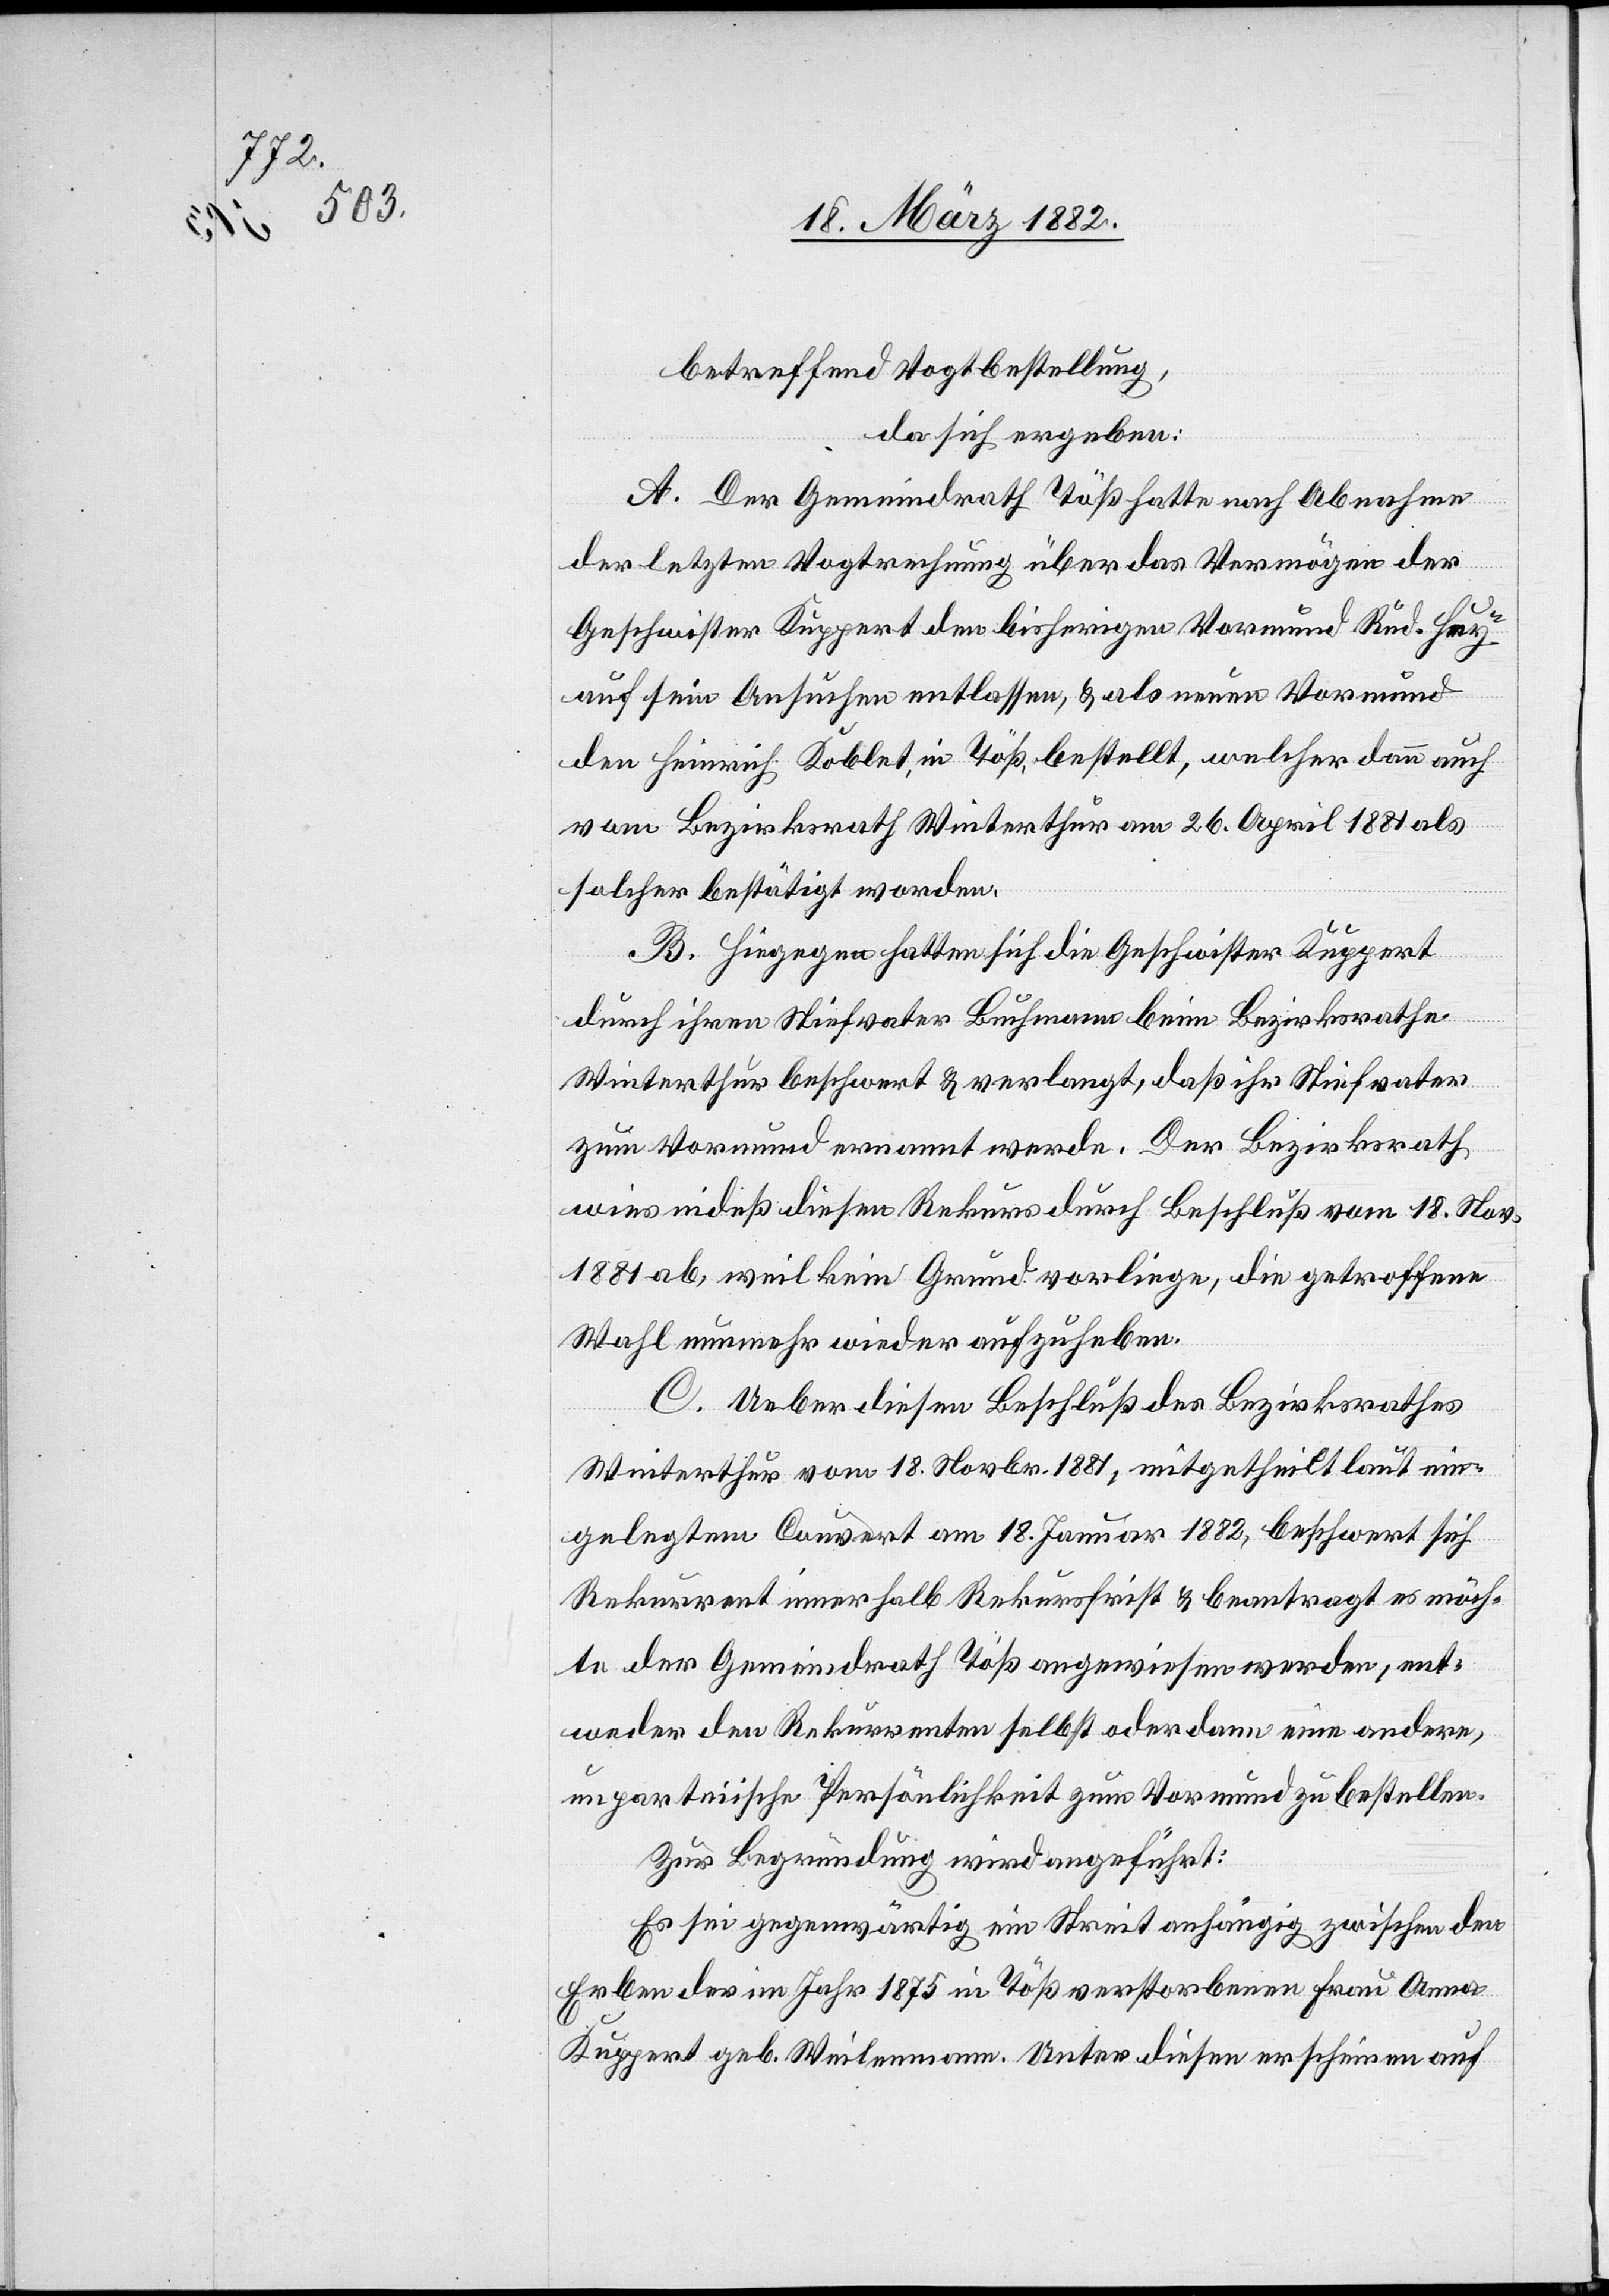
betreffend Vogtbestellung,
da sich ergeben:
A. Der Gemeindrath Töß hatte nach Abnahme
der letzten Vogtrechnung über das Vermögen der
Geschwister Kuppert den bisherigen Vormund Rud. Huy
auf sein Ansuchen entlassen, & als neuen Vormund
den Heinrich Koblet, in Töß, bestellt, welcher dann auch
vom Bezirksrathe Winterthur am 26. April 1881 als
solcher bestätigt worden.
B. Hiegegen hatte sich die Geschwister Kuppert
durch ihren Stiefvater Buchmann beim Bezirksrathe
Winterthur beschwert & verlangt, daß ihr Stiefvater
zum Vormund ernannt werde. Der Bezirksrath
wies indeß diesen Rekurs durch Beschluß vom 18. Nov.
1881 ab, weil kein Grund vorliege, die getroffene
Wahl nunmehr wieder aufzuheben.
C. Ueber diesen Beschluß des Bezirksrathes
Winterthur vom 18. Novbr. 1881, mitgetheilt laut ein¬
gelegtem Couvert am 18. Januar 1882, beschwert sich
Rekurrent innerhalb Rekursfrist & beantragt es möch¬
te der Gemeindrath Töß angewiesen werden, ent¬
weder den Rekurrenten selbst oder dann eine andere
unparteiische Persönlichkeit zum Vormund zu bestellen.
Zur Begründung wird angeführt:
Es sei gegenwärtig ein Streit anhängig zwischen den
Erben der im Jahr 1875 in Töß verstorbenen Frau Anna
Kuppert geb. Weilenmann. Unter diesen erscheinen auf